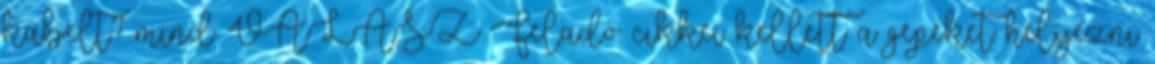
kabelt? mind VÁLASZ Feladó: cikkei kellett a gepeket helyezni